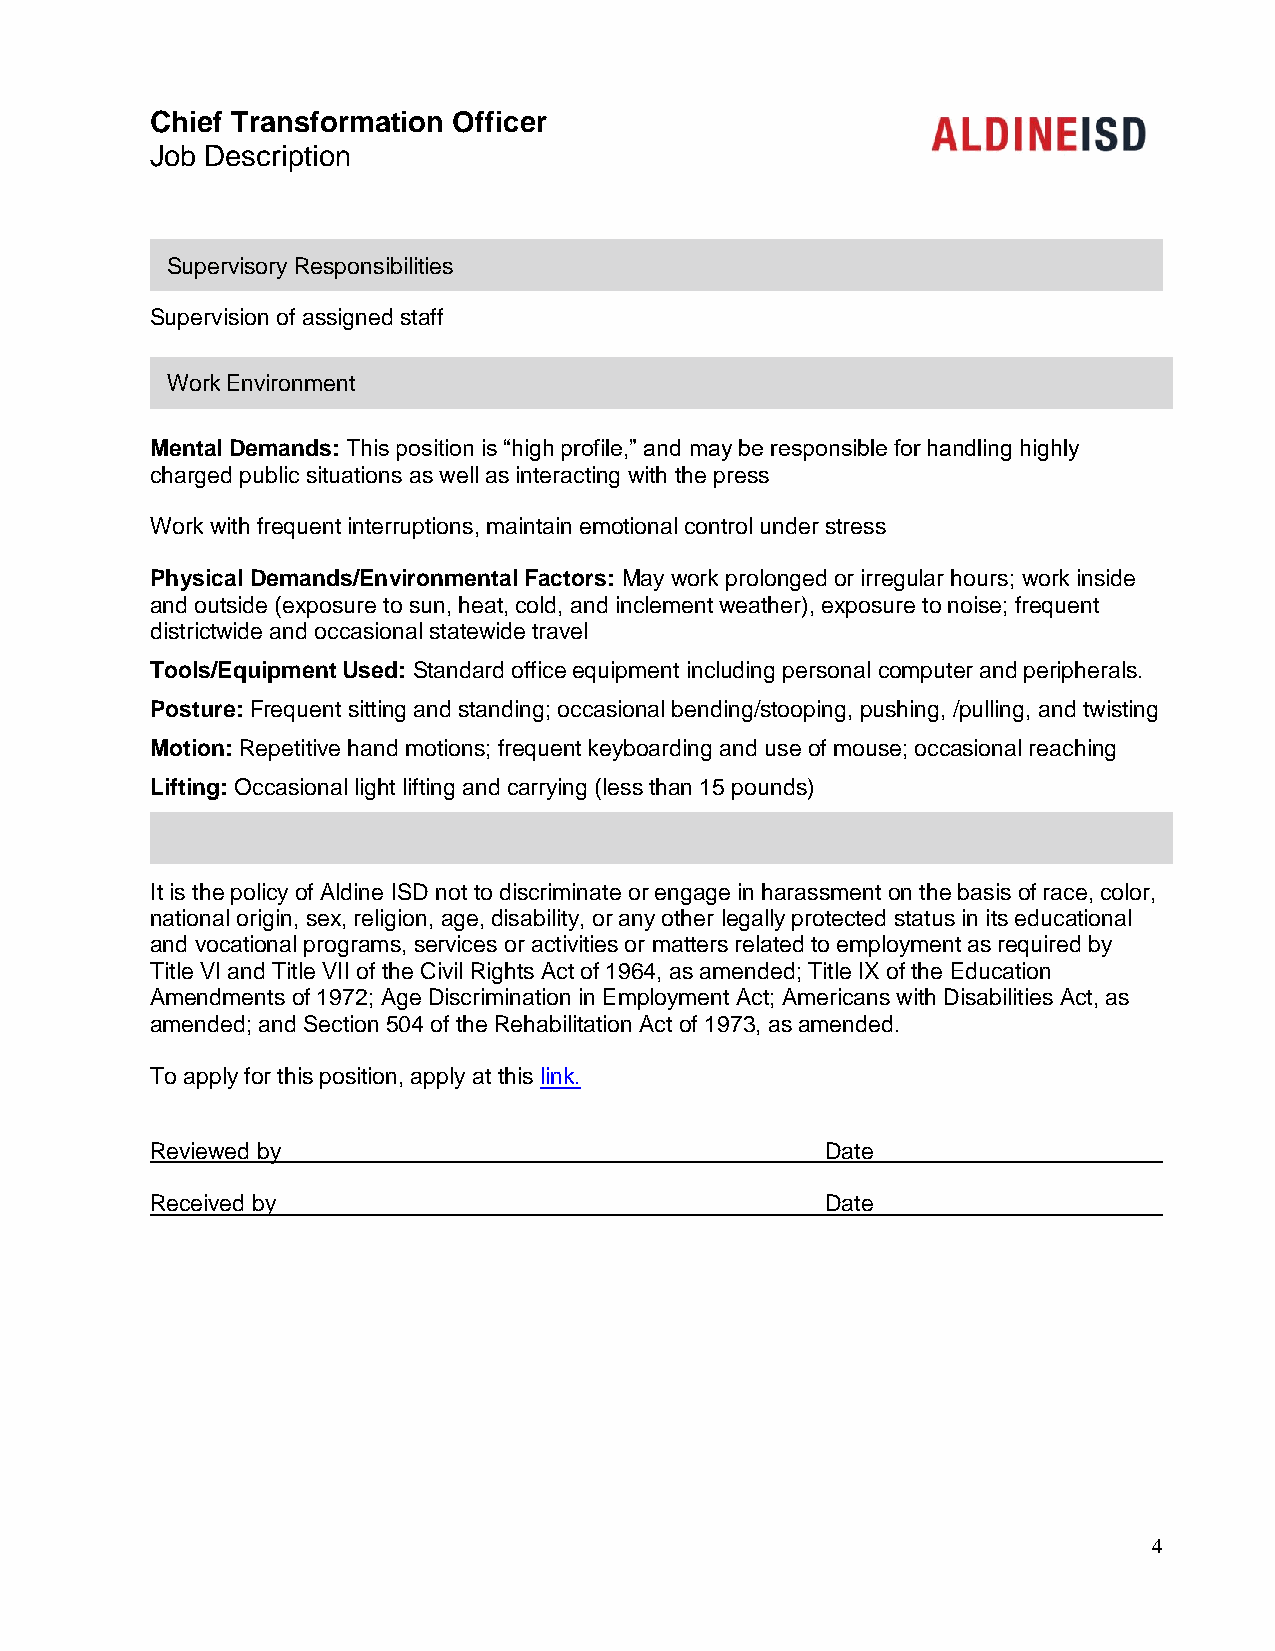
Chief Transformation Officer
 Job Description
 Supervisory Responsibilities
 Supervision of assigned staff
 Work Environment
 Mental Demands: This position is “high profile,” and may be responsible for handling highly
 charged public situations as well as interacting with the press
 Work with frequent interruptions, maintain emotional control under stress
 Physical Demands/Environmental Factors: May work prolonged or irregular hours; work inside
 and outside (exposure to sun, heat, cold, and inclement weather), exposure to noise; frequent
 districtwide and occasional statewide travel
 Tools/Equipment Used: Standard office equipment including personal computer and peripherals.
 Posture: Frequent sitting and standing; occasional bending/stooping, pushing, /pulling, and twisting
 Motion: Repetitive hand motions; frequent keyboarding and use of mouse; occasional reaching
 Lifting: Occasional light lifting and carrying (less than 15 pounds)
 It is the policy of Aldine ISD not to discriminate or engage in harassment on the basis of race, color,
 national origin, sex, religion, age, disability, or any other legally protected status in its educational
 and vocational programs, services or activities or matters related to employment as required by
 Title VI and Title VII of the Civil Rights Act of 1964, as amended; Title IX of the Education
 Amendments of 1972; Age Discrimination in Employment Act; Americans with Disabilities Act, as
 amended; and Section 504 of the Rehabilitation Act of 1973, as amended.
 To apply for this position, apply at this link.
 Reviewed by                                  Date
 Received by                                  Date
 4